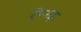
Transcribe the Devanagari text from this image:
लेपढ़ा